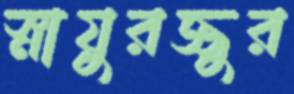
স্নায়ুরজ্জুর